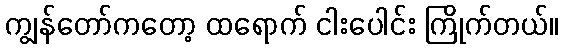
ကျွန်တော်ကတော့ ထရောက် ငါးပေါင်း ကြိုက်တယ်။